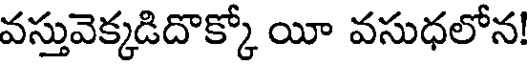
వస్తువెక్కడిదొక్కో యీ వసుధలోన!